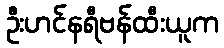
ဦးဟင်နရီဗန်ထီးယူက